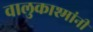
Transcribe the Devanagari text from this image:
वालुकाश्मांनी